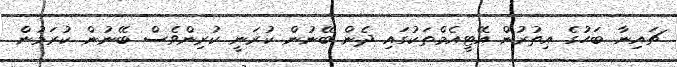
ޗައިނާ ބަހުގެ އިތުރުން އޭޓީއެމްތަކުގައި ދެން ބޭނުން ކުރަނީ ކުރިންވެސް ބޭނުން ކުރަމުން